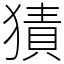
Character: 㺓